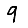
Digit: 9